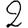
Digit: 2